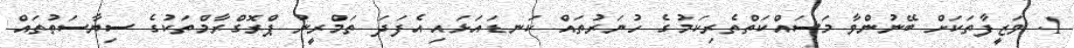
1. ވަޒީފާތަކަށް ބޭނުންވާ މަސައްކަތްތެރިކަމުގެ ހުނަރުތައް ކަނޑައަޅައި އެފަދަ ތަމްރީނު ޕްރޮގްރާމްތަކުގެ ސިޔާސަތުތައް